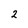
Character: 2